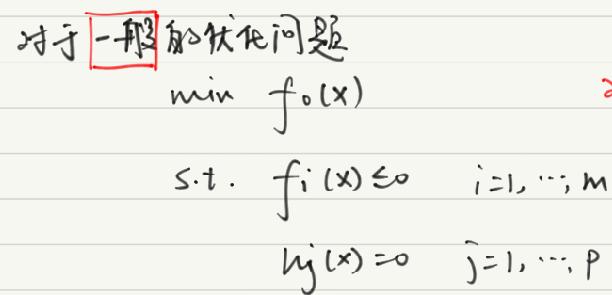
对于一般的优化问题
\begin{align*}
\min \quad & f_0(x)\\
s.t. \quad & f_i(x) \leq 0 \quad i = 1,\cdots,m\\
& h_j(x) = 0 \quad j = 1,\cdots,p
\end{align*}